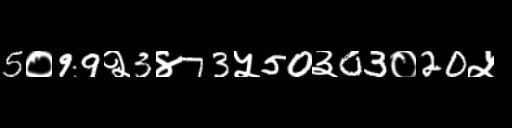
Text: 5०99२3४73५50३03०20५